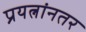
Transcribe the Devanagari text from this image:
प्रयत्नांनतर